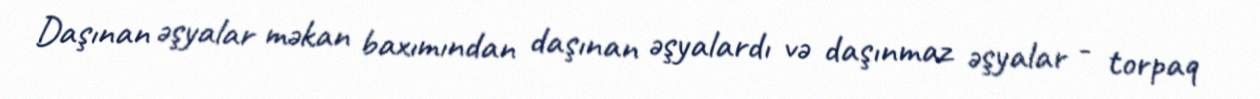
Daşınan əşyalar məkan baxımından daşınan əşyalardı və daşınmaz əşyalar - torpaq